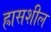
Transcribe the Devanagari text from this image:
ह्रासशील